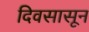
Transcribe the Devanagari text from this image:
दिवसासून